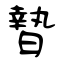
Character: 暬